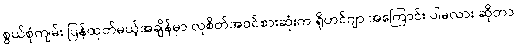
စွယ်စုံကျမ်း ပြန်ထုတ်မယ့်အချိန်မှာ လူစိတ်အဝင်စားဆုံးက ရိုဟင်ဂျာ အကြောင်း ပါမလား ဆိုတာ